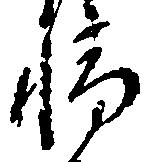
輪